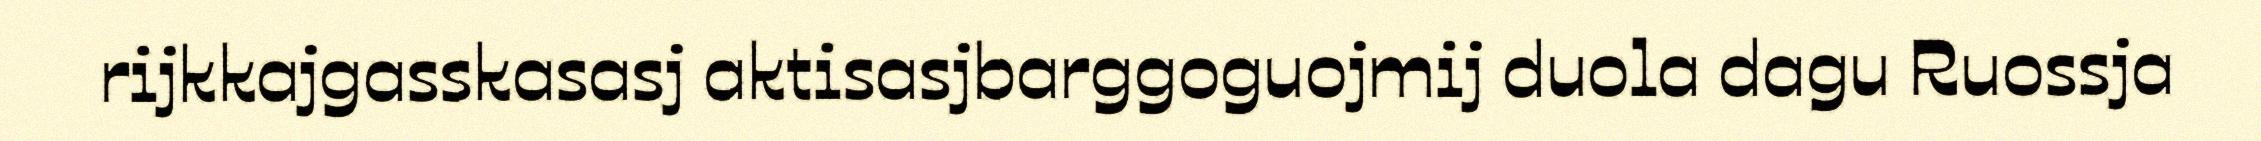
rijkkajgasskasasj aktisasjbarggoguojmij duola dagu Ruossja